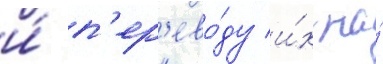
и́ п'ер'ево́ду и́х на́